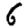
Digit: 6